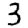
Digit: 3